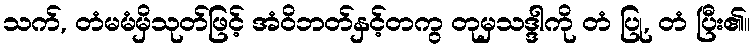
သက်, တံမမံမှိသုတ်ဖြင့် အံဝိဘတ်နှင့်တကွ တုမှသဒ္ဒါကို တံ ပြု, တံ ပြီး၏။